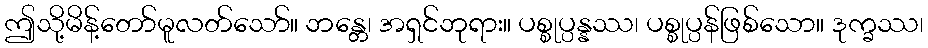
ဤသို့မိန့်တော်မူလတ်သော်။ ဘန္တေ၊ အရှင်ဘုရား။ ပစ္စုပ္ပန္နဿ၊ ပစ္စုပ္ပန်ဖြစ်သော။ ဒုက္ခဿ၊